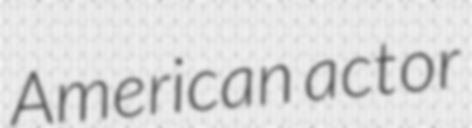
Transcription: American actor